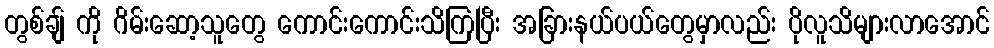
တွစ်ချ် ကို ဂိမ်းဆော့သူတွေ ကောင်းကောင်းသိကြပြီး အခြားနယ်ပယ်တွေမှာလည်း ပိုလူသိများလာအောင်